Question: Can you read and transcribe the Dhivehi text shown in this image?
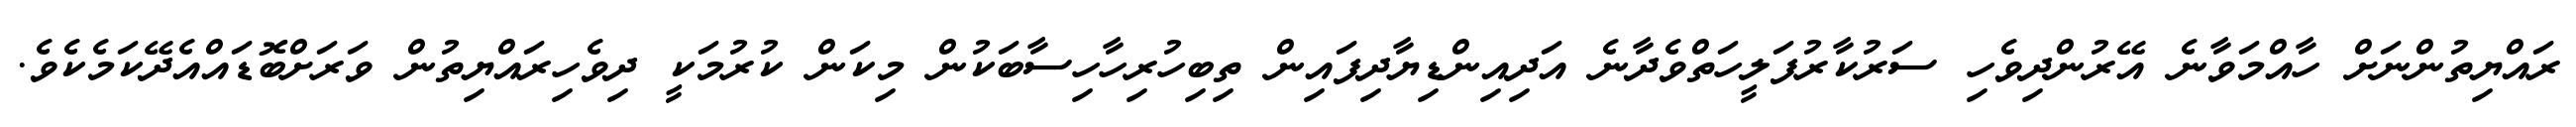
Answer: ރައްޔިތުންނަށް ހާއްމަވާނެ އޭރުންދިވެހި ސަރުކާރުފަލީހަތްވެދާނެ އަދިއިންޑިޔާދިފައިން ތިބިހުރިހާހިސާބަކުން މިކަން ކުރުމަކީ ދިވެހިރައްޔިތުން ވަރަށްބޮޑައްއެދޭކަމެކެވެ.